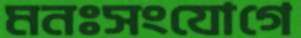
মনঃসংযোগে